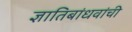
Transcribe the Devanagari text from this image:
ज्ञातिबांधवांची